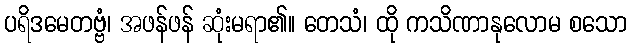
ပရိဒမေတဗ္ဗံ၊ အဖန်ဖန် ဆုံးမရာ၏။ တေသံ၊ ထို ကသိဏာနုလောမ စသော